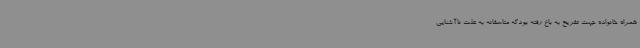
همراه خانواده جهت تفریح به باغ رفته بودکه متاسفانه به علت ناآشنایی